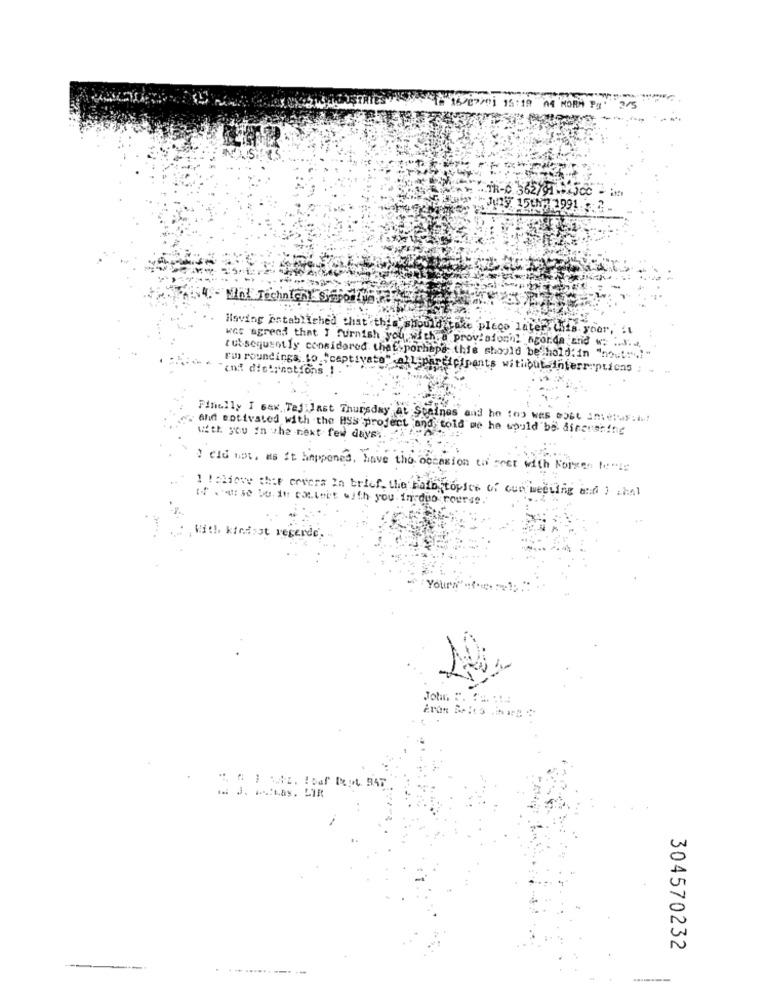
209201 15:19 44 HORA PARA5 .
TR-C. 362/91.54JCC - it
ilsving established that this"'should take pleco later, this. yoor, "1
wet agreed that I furnish you with. a provisionnl ngor.da and w. ......
tutseguentiy considered theE porhaps; this should be hold'in "nout !! "
and distrnotions ! .
Fin roundings, Lo."captivate" all participants withbut.interruptions ;
Finally I saw Tej:last Thursday at Scaines and ho tos was most ameis: i!
And motivated with the HSS project and told me he would be discussing
with you in the next few days.
t eld not, as it happened, have the occasion to meet with Normen Mente
1 !cliove that ervers In brief, the Pain topics of cun meeting and ) chel
tf .se bu. it touteit with you in duo course.
With kindist regerde.
Yourn'-
John F. ...
304570232